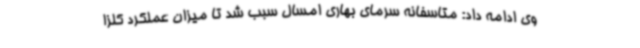
وی ادامه داد: متاسفانه سرمای بهاری امسال سبب شد تا میزان عملکرد کلزا